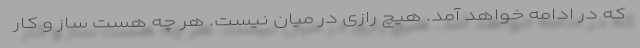
که در ادامه خواهد آمد. هیچ رازی در میان نیست. هر چه هست ساز و کار